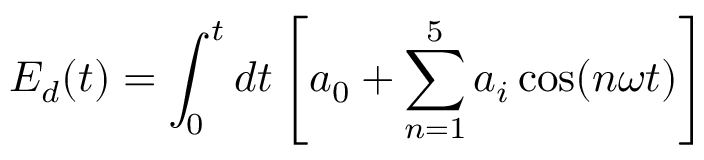
E _ { d } ( t ) = \int _ { 0 } ^ { t } d t \left[ a _ { 0 } + \sum _ { n = 1 } ^ { 5 } a _ { i } \cos ( n \omega t ) \right]